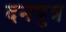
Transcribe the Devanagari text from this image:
दनपुत्र